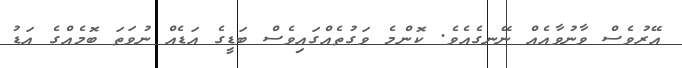
އޭރުވެސް ވާނުވާއެއް ނޭނގެއެވެ. ކޮންމެ ވަގުތެއްގައިވެސް ބަޑީގެ އަޑެއް ނުވަތަ ބޮމެއްގެ އަޑު